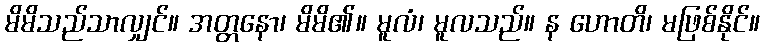
မိမိသည်သာလျှင်။ အတ္တနော၊ မိမိ၏။ မူလံ၊ မူလသည်။ န ဟောတိ၊ မဖြစ်နိုင်။